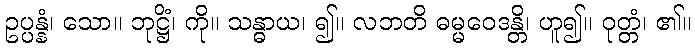
ဥပ္ပန္နံ၊ သော။ ဘုဋ္ဌိံ၊ ကို။ သန္ဓာယ၊ ၍။ လဘတိ ဓမ္မဝေဒန္တိ၊ ဟူ၍။ ဝုတ္တံ၊ ၏။